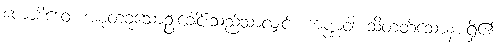
ကောစိဒေဝ၊ အစုံတခုသောဦးခေါင်းသည်သာလျှင်။ ကဏ္ဏဝါ၊ သိတတ်သောနားရှိ၏။